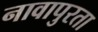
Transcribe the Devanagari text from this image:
नावापुरता